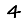
Digit: 4